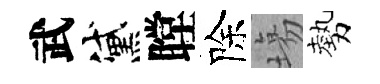
武黛瞠除塲勢